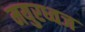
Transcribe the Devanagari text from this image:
मयुरध्वज